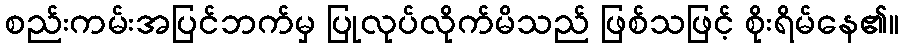
စည်းကမ်းအပြင်ဘက်မှ ပြုလုပ်လိုက်မိသည် ဖြစ်သဖြင့် စိုးရိမ်နေ၏။